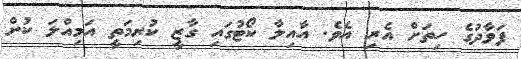
ފަވާދުގެ ހިތަށް އެރި އެވެ. އާއިލާ ކޯޓުގައި ގާޒީ ކުރިމަތީ އަމިއްލަ ކުށް